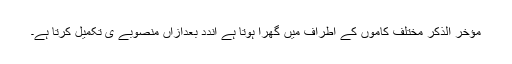
مؤخر الذکر مختلف کاموں کے اطراف میں گھرا ہوتا ہے اندد بعدازاں منصوبے ی تکمیل کرتا ہے۔